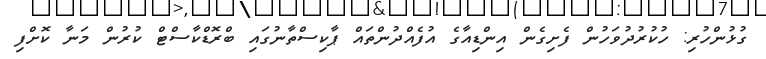
ގުޅުންހުރި: ހުކުރުދުވަހުން ފެށިގެން އިންޑިއާގެ އުފެއްދުންތައް ޕާކިސްތާނުގައި ބްރޮޑްކާސްޓް ކުރުން މަނާ ކޮށްފި